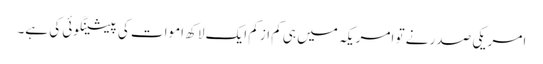
امریکی صدر نے تو امریکہ میں ہی کم ازکم ایک لاکھ اموات کی پیشینگوئی کی ہے۔